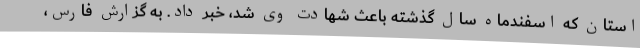
استان که اسفندماه سال گذشته باعث شهادت وی شد، خبر داد. به گزارش فارس،